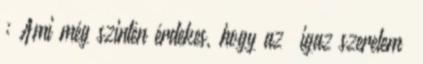
; Ami még szintén érdekes, hogy az “igaz szerelem”